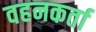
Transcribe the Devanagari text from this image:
वहनकर्ता